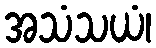
အသံသယံ၊